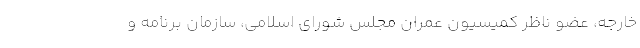
خارجه، عضو ناظر کمیسیون عمران مجلس شورای اسلامی، سازمان برنامه و